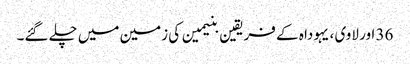
36 اور لاوی ، یہودا ہ کے فریقین بنیمین کی زمین میں چلے گئے۔